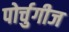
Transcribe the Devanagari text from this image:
पोर्चुगीज